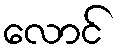
လောင်